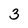
Character: 3